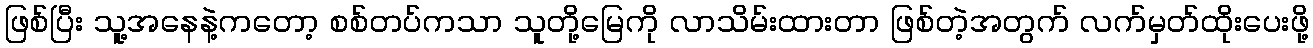
ဖြစ်ပြီး သူ့အနေနဲ့ကတော့ စစ်တပ်ကသာ သူတို့မြေကို လာသိမ်းထားတာ ဖြစ်တဲ့အတွက် လက်မှတ်ထိုးပေးဖို့